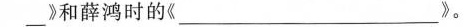
和薛鸿时的《___》。